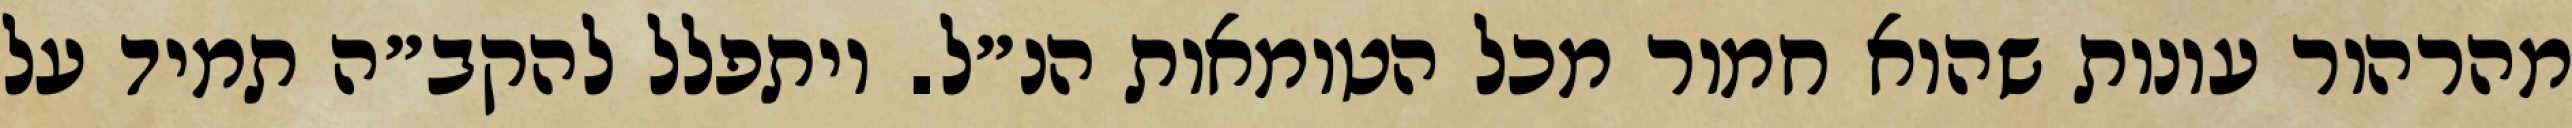
מהרהור עונות שהוא חמור מכל הטומאות הנ״ל. ויתפלל להקב״ה תמיד על